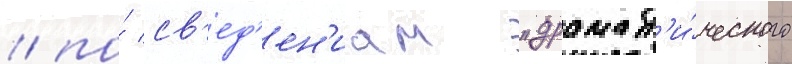
/ по́ св'ед'ен'иам "драмат'и́ческого